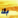
بك